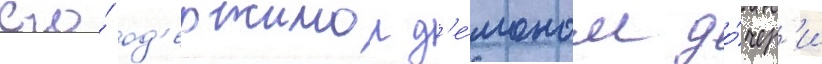
его́ од'ержимои д'е́моном до́чер'и